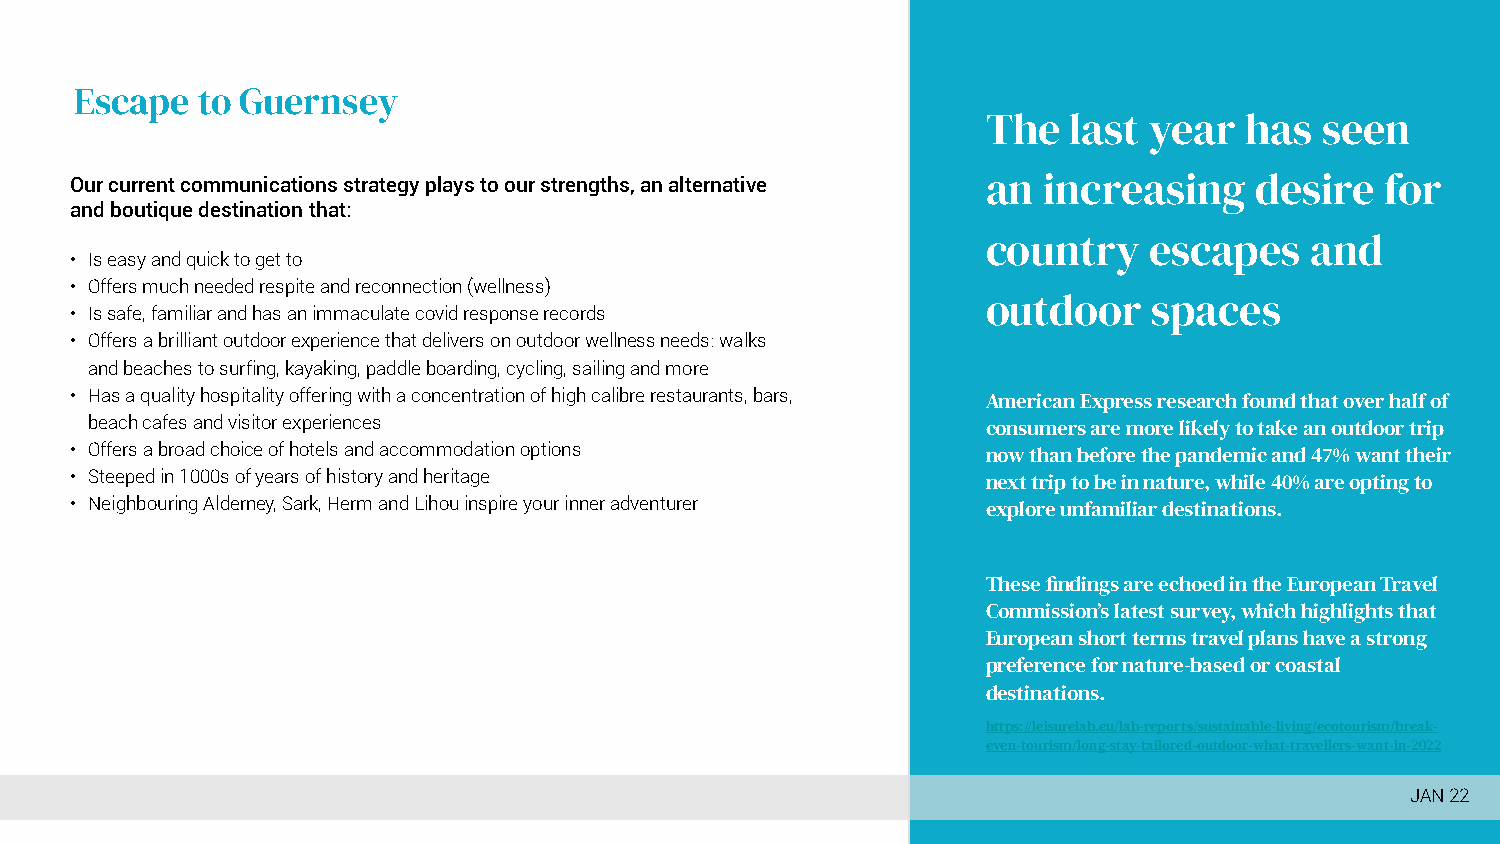
Escape  to Guernsey
 The   last year  has  seen
 Our current communications strategy plays to our strengths, an alternative an increasing desire for
 and boutique destination that:
 country    escapes    and
 • Is easy and quick to get to
 • Offers much needed respite and reconnection (wellness)
 outdoor    spaces
 • Is safe, familiar and has an immaculate covid response records
 • Offers a brilliant outdoor experience that delivers on outdoor wellness needs: walks
 and beaches to surfing, kayaking, paddle boarding, cycling, sailing and more
 • Has a quality hospitality offering with a concentration of high calibre restaurants, bars,
 American Express research found that over half of
 beach cafes and visitor experiences
 consumers are more likely to take an outdoor trip
 • Offers a broad choice of hotels and accommodation options
 now than before the pandemic and 47% want their
 • Steeped in 1000s of years of history and heritage
 next trip to be in nature, while 40% are opting to
 • Neighbouring Alderney, Sark, Herm and Lihou inspire your inner adventurer
 explore unfamiliar destinations.
 These findings are echoed in the European Travel
 Commission’s latest survey, which highlights that
 European short terms travel plans have a strong
 preference for nature-based or coastal
 destinations.
 https://leisurelab.eu/lab-reports/sustainable-living/ecotourism/break-
 even-tourism/long-stay-tailored-outdoor-what-travellers-want-in-2022
 JAN 22